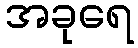
အခုရေ